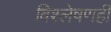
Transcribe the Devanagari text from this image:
विश्‍लेषणही